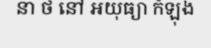
នា ថ នៅ អយុធ្យា កំឡុង